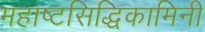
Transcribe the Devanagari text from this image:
महाष्टसिद्धिकामिनी